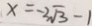
x = - 2 \sqrt { 3 } - 1